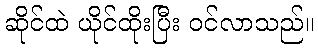
ဆိုင်ထဲ ယိုင်ထိုးပြီး ဝင်လာသည်။